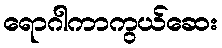
ရောဂါကာကွယ်ဆေး